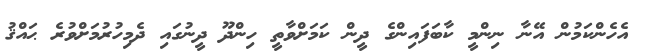
އެހެންކަމުން އޭނާ ނިންމީ ކާބަފައިންގެ ދީން ކަމަށްވާތީ ހިންދޫ ދީނުގައި ދެމިހުރުމަށްވުރެ ޙައްޤު